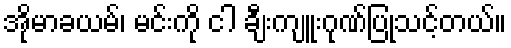
အိုမာခယမ်၊ မင်းကို ငါ ချီးကျူးဂုဏ်ပြုသင့်တယ်။